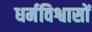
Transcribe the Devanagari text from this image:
धर्मविश्वासों